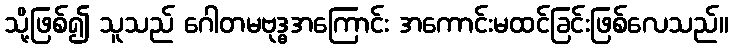
သို့ဖြစ်၍ သူသည် ဂေါတမဗုဒ္ဓအကြောင်း အကောင်းမထင်ခြင်းဖြစ်လေသည်။